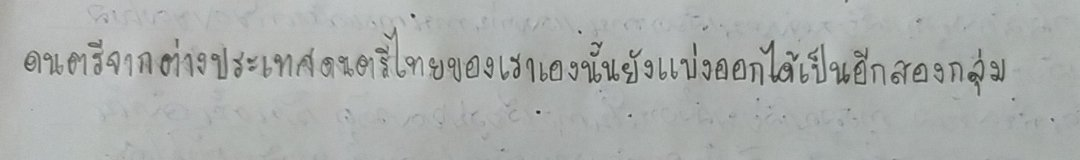
ดนตรีจากต่างประเทศดนตรีไทยของเราเองนั้นยังแบ่งออกได้เป็นอีกสองกลุ่ม